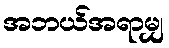
အဘယ်အရာမျှ